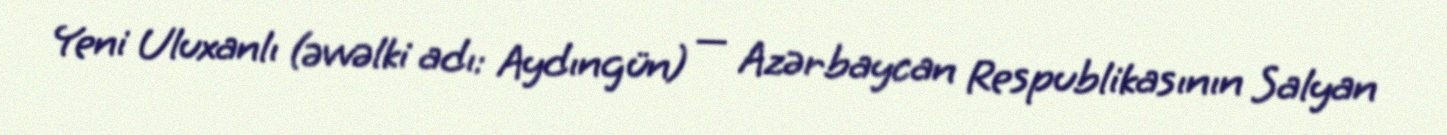
Yeni Uluxanlı (əvvəlki adı: Aydıngün) — Azərbaycan Respublikasının Salyan